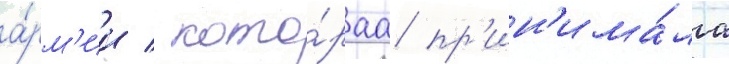
а́рм'ии / кото́раа пр'ин'има́ла